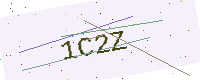
Text: 1C2Z